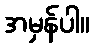
အမှန်ပါ။